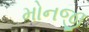
મોનજી